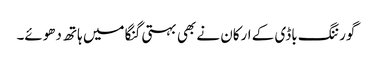
گورننگ باڈی کے ارکان نے بھی بہتی گنگا میں ہاتھ دھوئے۔